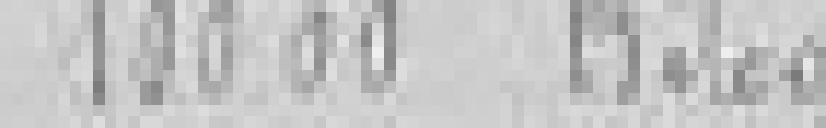
10000 kilogrammes